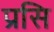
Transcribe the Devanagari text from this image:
प्रसि